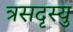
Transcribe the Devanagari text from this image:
त्रसदृस्यु